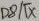
Text: D8/TX